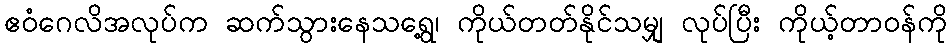
ဧဝံဂေလိအလုပ်က ဆက်သွားနေသရွေ့၊ ကိုယ်တတ်နိုင်သမျှ လုပ်ပြီး ကိုယ့်တာဝန်ကို